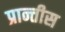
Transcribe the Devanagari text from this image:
प्रान्तीस